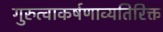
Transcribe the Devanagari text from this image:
गुरुत्वाकर्षणाव्यतिरिक्त